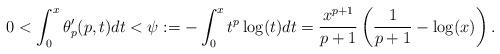
LaTeX: \begin{align*}0<\int_0^x \theta'_p(p,t)dt<\psi:=-\int_0^xt^p\log(t)dt=\frac{x^{p+1}}{p+1}\left(\frac{1}{p+1}-\log(x)\right).\end{align*}